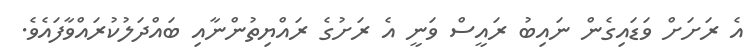
އެ ރަށަށް ވަޑައިގެން ނައިބު ރައީސް ވަނީ އެ ރަށުގެ ރައްޔިތުންނާއި ބައްދަލުކުރައްވާފައެވެ.